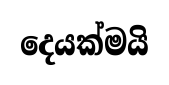
දෙයක්මයි